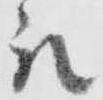
被